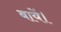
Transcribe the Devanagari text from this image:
बायें।